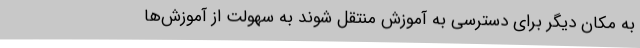
به مکان دیگر برای دسترسی به آموزش منتقل شوند به سهولت از آموزش‌ها